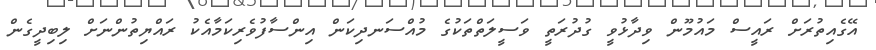
އޭގެއިތުރަށް ރައީސް މައުމޫން ވިދާޅުވީ ގުދުރަތީ ވަސީލަތްތަކުގެ މުއްސަނދިކަން އިންސާފުވެރިކަމާއެކު ރައްޔިތުންނަށް ލިބިދީގެން